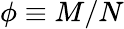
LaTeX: \phi\equiv M/N